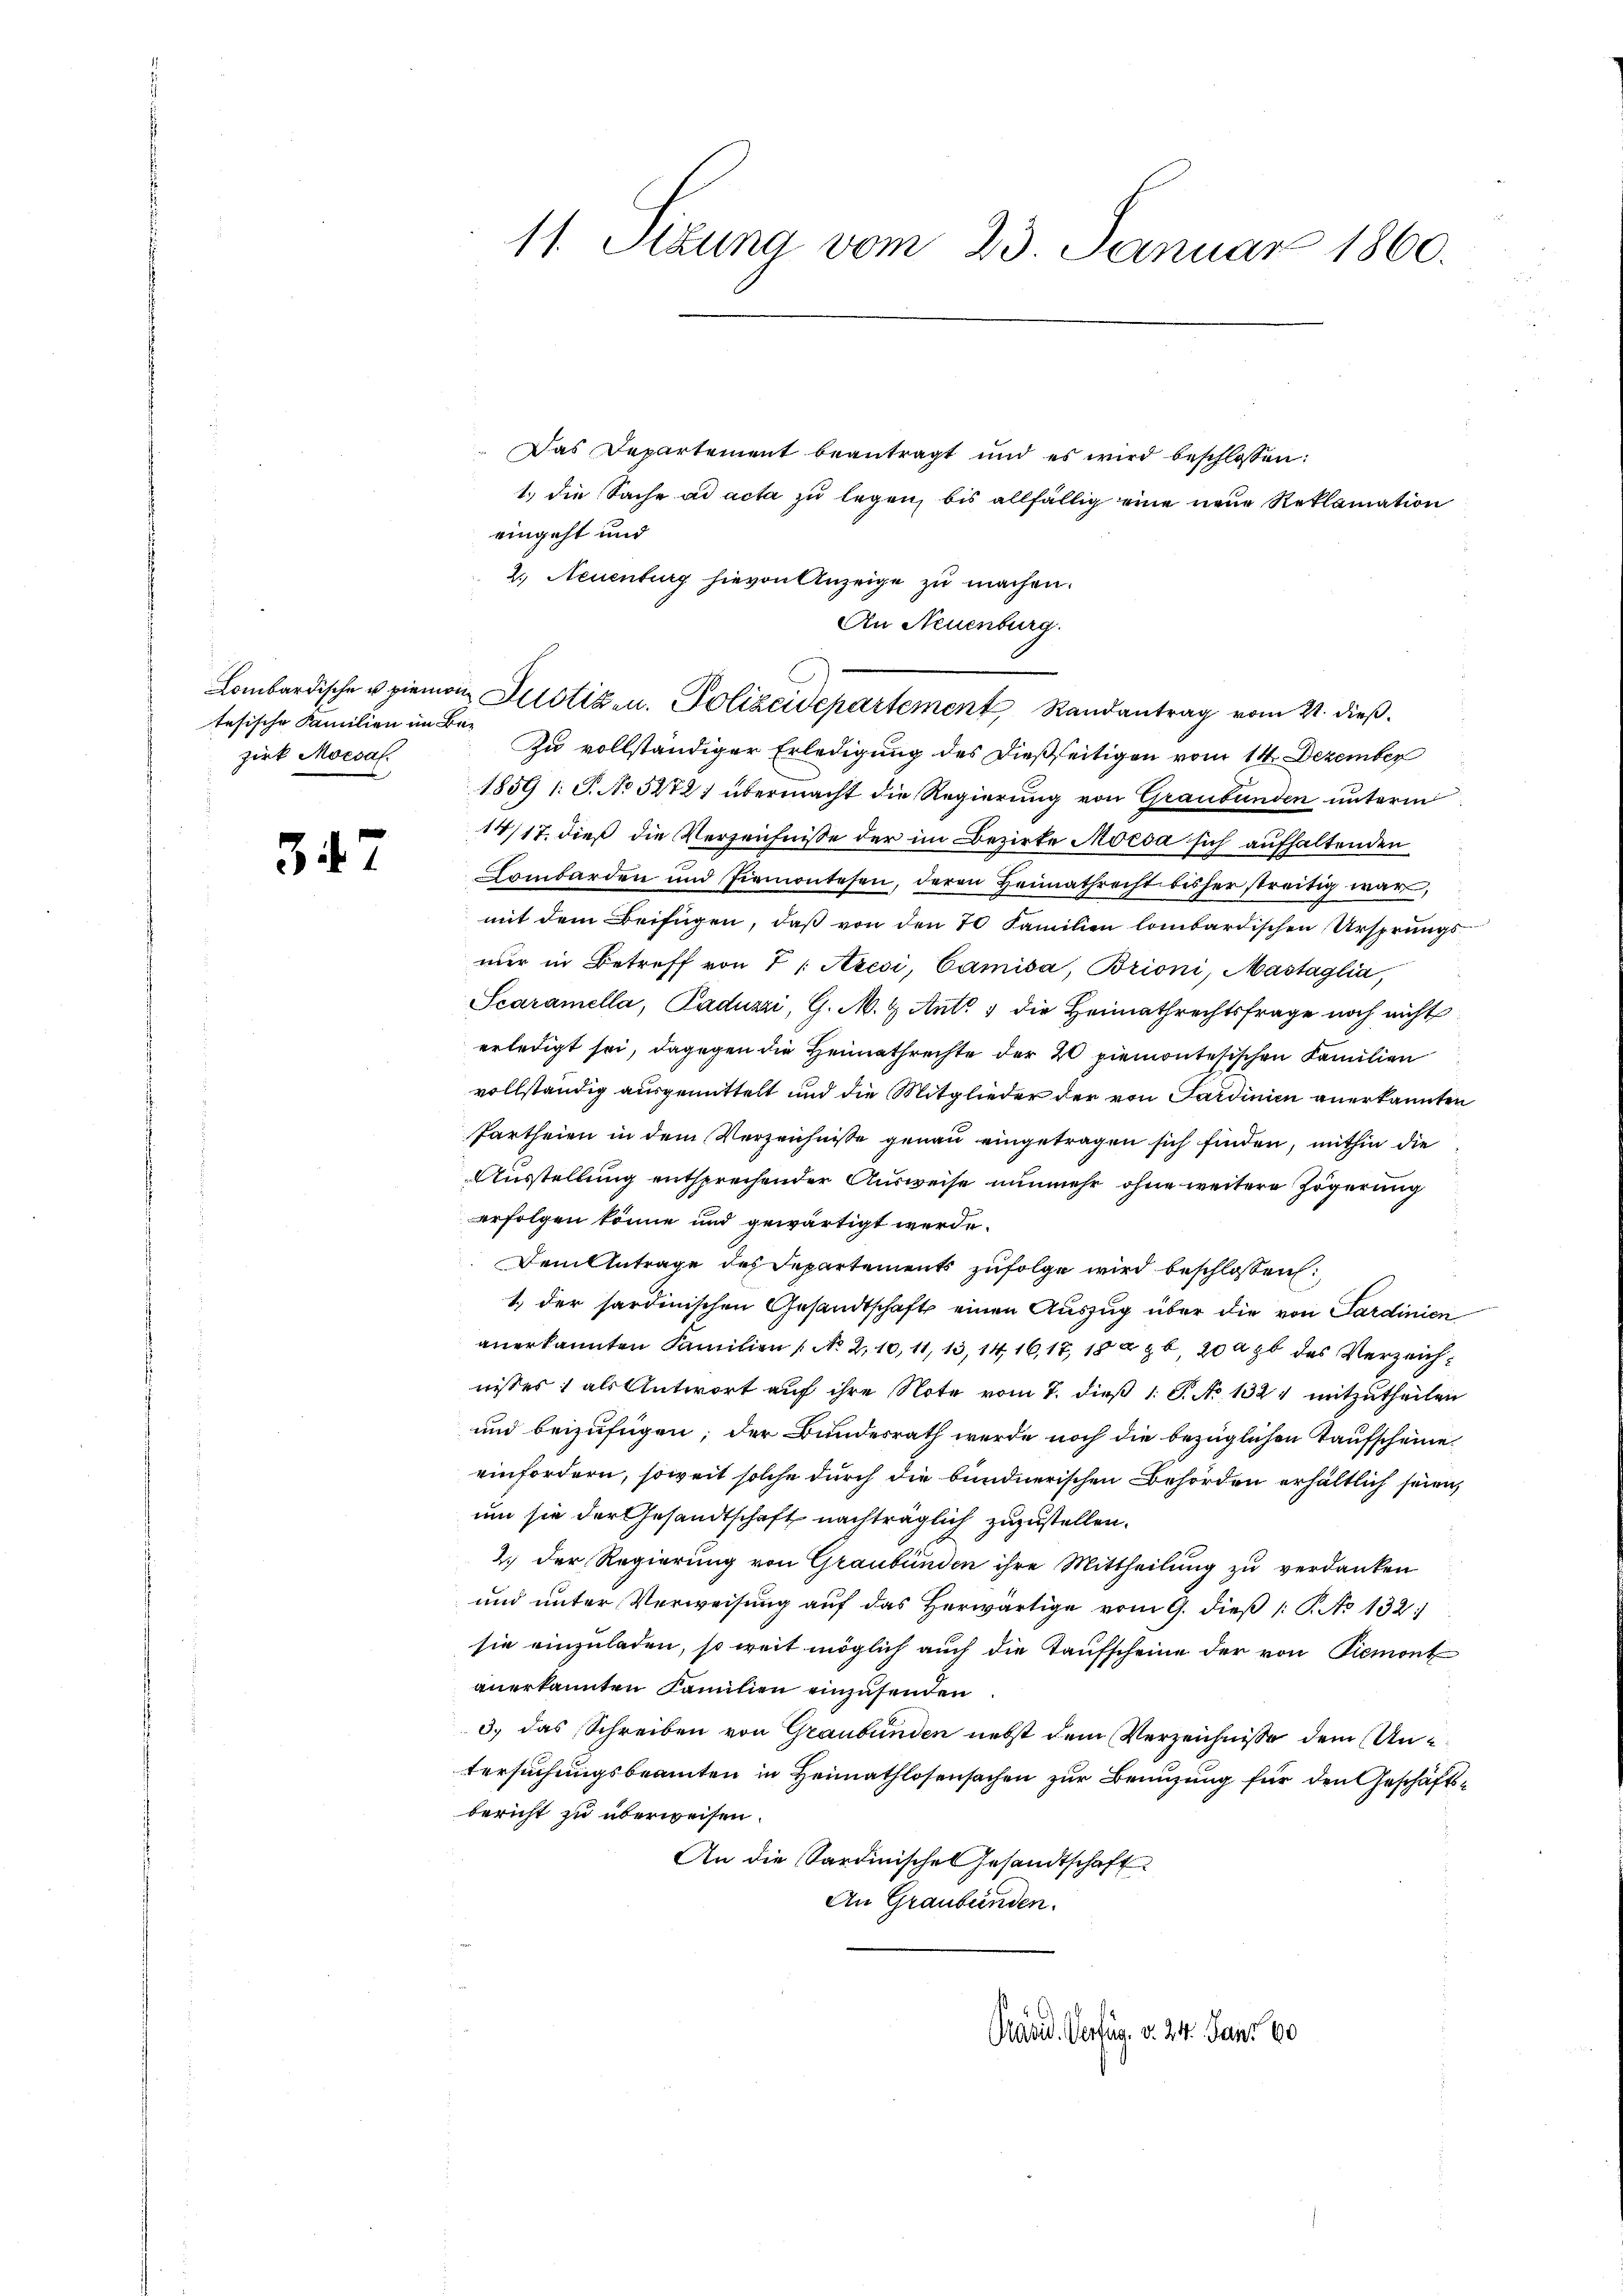
tesische Familien im Bezirk Mocsaf

347

Das Departement beantragt und es wird beschlossen:
1.) die Sache ad acta zu legen, bis allfällig eine neue Reklamation
eingeht und
2.) Neuenburg hievon Anzeige zu machen.
Zu vollständiger Erledigung des dießseitigen vom 14. Dezember
1859 1 S. No 5272) übermacht die Regierung von Graubünden unterm
14/17. dieß die Verzeichnisse der im Bezirke Morda sich aufhaltenden
Lombarden und Piemontesen, deren Heimathrecht bisher streitig war,
mit dem Beifügen, daß von den 70 Familien lombardischen Ursprungs-
nur in Betreff von 7 / Azesi, Camisa, Brioni, Mastaglia,
Scaramella, Paduzzi, G. M. & Ant. 1 die Heimathrechtsfrage noch nicht
erledigt sei, dagegen die Heimathrechte der 20 piemontesischen Familien
vollständig ausgemittelt und die Mitglieder der von Sardinien anerkannten
Partheien in dem Verzeichnisse genau eingetragen sich finden, mithin die
Ausstellung entsprechender Ausweise nunmehr ohne weitere Zögerung
erfolgen könne und gewärtigt werde.
Demlutrage des Departements zufolge wird beschlossen:
1.) der sardinischen Gesandtschaft einen Auszug über die von Sardinien
anerkannten Familien (No. 210, 11, 13, 14, 16,17, 1886, 20 ab des Verzeichnisses, als Antwort auf ihre Note vom 7. dieß 1 S. No 1321 mitzutheilen
und beizufügen; der Bundesrath werde noch die bezüglichen Taufscheine
einfordern, soweit solche durch die bundnerischen Behörden erhältlich seien,
um sie der Gesandtschaft nachträglich zuzustellen.
2.) Der Regierung von Graubünden ihre Mittheilung zu verdanken
und unter Verweisung auf das herwärtige vom 9. dieß 1 S. No 132:
sie einzuladen, so weit möglich auch die Taufscheine der von Piemont
anerkannten Familien einzusenden
3) das Schreiben von Graubünden nebst dem Verzeichnisse dem Untersuchungsbeamten in Heimathlosensachen zur Benuzung für den Geschäftsbericht zu überweisen.
An die Sardinische Gesandtschaft
An Graubünden.

11. Sezung vom 23. Januar 1860.

An Neuenburg.
Lombardische u piemon Allotizen. Polizeidepartement Randantrag vom 21. dieß.

Präsid. Verfüg. v. 24. Janr 60